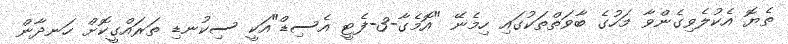
ތެޔޮ އެކުލެވިގެންވާ މަހުގެ ބާވަތްތަކުގައި ހިމެނޭ "އޮމެގާ-3-ފެޓީ އެސިޑް"އަކީ ސިކުނޑި ތަރައްގީކޮށް ހަނދާން